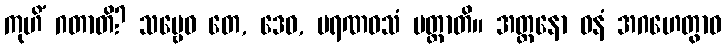
ကုဟိံ ဂတာတိ? သဗ္ဗေဝ တေ, ဒေဝ, မရဏဝသံ ပတ္တာတိ။ အတ္တနော ဓနံ အဂဟေတွာဝ